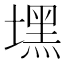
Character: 𱗻